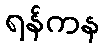
ရန်ကန